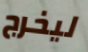
ليخرج